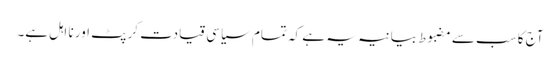
آج کا سب سے مضبوط بیانیہ یہ ہے کہ تمام سیاسی قیادت کرپٹ اور نا اہل ہے۔